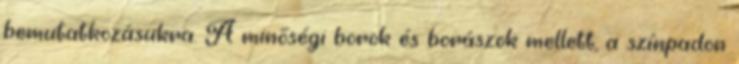
bemutatkozásukra. A minőségi borok és borászok mellett, a színpadon